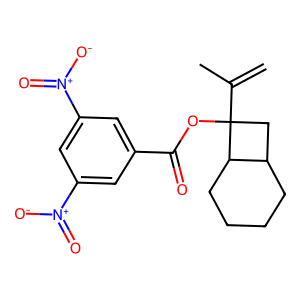
SMILES: C=C(C)C1(OC(=O)c2cc([N+](=O)[O-])cc([N+](=O)[O-])c2)CC2CCCCC21
Inhibits HIV replication: No